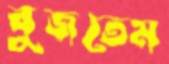
বুজতেম